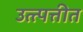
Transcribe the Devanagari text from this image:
उत्त्पत्तीत